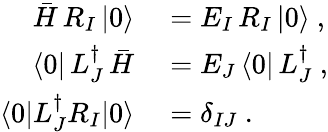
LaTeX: \begin{array}{rl}{\bar{H}\, R_{I}\, |0\rangle}&{{}=E_{I}\, R_{I}\, |0\rangle~,}\\ {\langle 0|\, L_{J}^{\dagger}\, \bar{H}}&{{}=E_{J}\, \langle 0|\, L_{J}^{\dagger}~,}\\ {\langle 0|L_{J}^{\dagger}R_{I}|0\rangle}&{{}=\delta_{IJ}~.}\end{array}